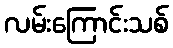
လမ်းကြောင်းသစ်